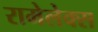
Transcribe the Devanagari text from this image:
रामेलेक्स